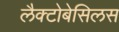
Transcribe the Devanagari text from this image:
लैक्टोबेसिलस